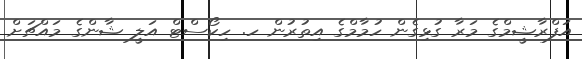
އަފްރާޝީމްގެ މަރާ ގުޅިގެން ހުމާމްގެ އިތުރުން ހ. ހިކޯސްޓް އަލީ ޝާންގެ މައްޗަށް